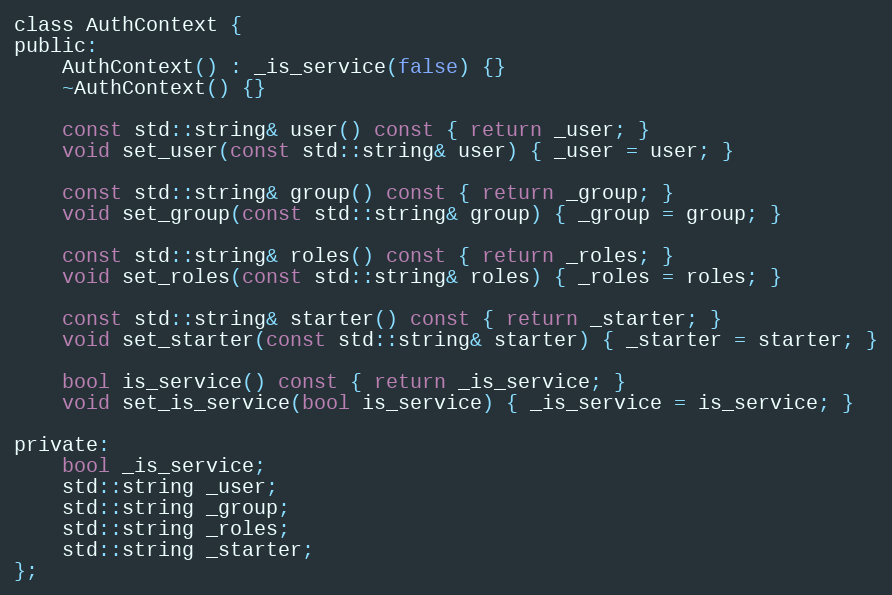
Language: C
class AuthContext {
public:
    AuthContext() : _is_service(false) {}
    ~AuthContext() {}

    const std::string& user() const { return _user; }
    void set_user(const std::string& user) { _user = user; }

    const std::string& group() const { return _group; }
    void set_group(const std::string& group) { _group = group; }

    const std::string& roles() const { return _roles; }
    void set_roles(const std::string& roles) { _roles = roles; }

    const std::string& starter() const { return _starter; }
    void set_starter(const std::string& starter) { _starter = starter; }

    bool is_service() const { return _is_service; }
    void set_is_service(bool is_service) { _is_service = is_service; }

private:
    bool _is_service;
    std::string _user;
    std::string _group;
    std::string _roles;
    std::string _starter;
};